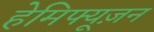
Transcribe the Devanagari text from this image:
हेमिफ्यूज़न